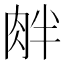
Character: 𦚓